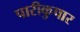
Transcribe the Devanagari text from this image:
पारीकुपार